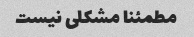
مطمئنا مشکلی نیست